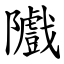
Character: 隵